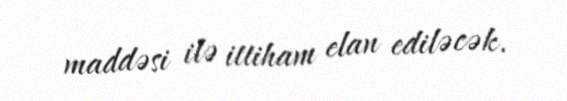
maddəsi ilə ittiham elan ediləcək.